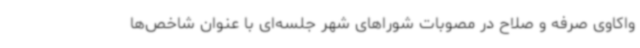
واکاوی صرفه و صلاح در مصوبات شوراهای شهر جلسه‌ای با عنوان شاخص‌ها